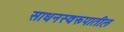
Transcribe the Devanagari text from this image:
साधनस्वरूपातील